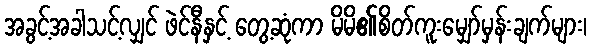
အခွင့်အခါသင့်လျှင် ဖဲင်နီနှင့် တွေ့ဆုံကာ မိမိ၏စိတ်ကူးမျှော်မှန်းချက်များ၊